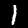
Label: 1